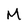
Character: M